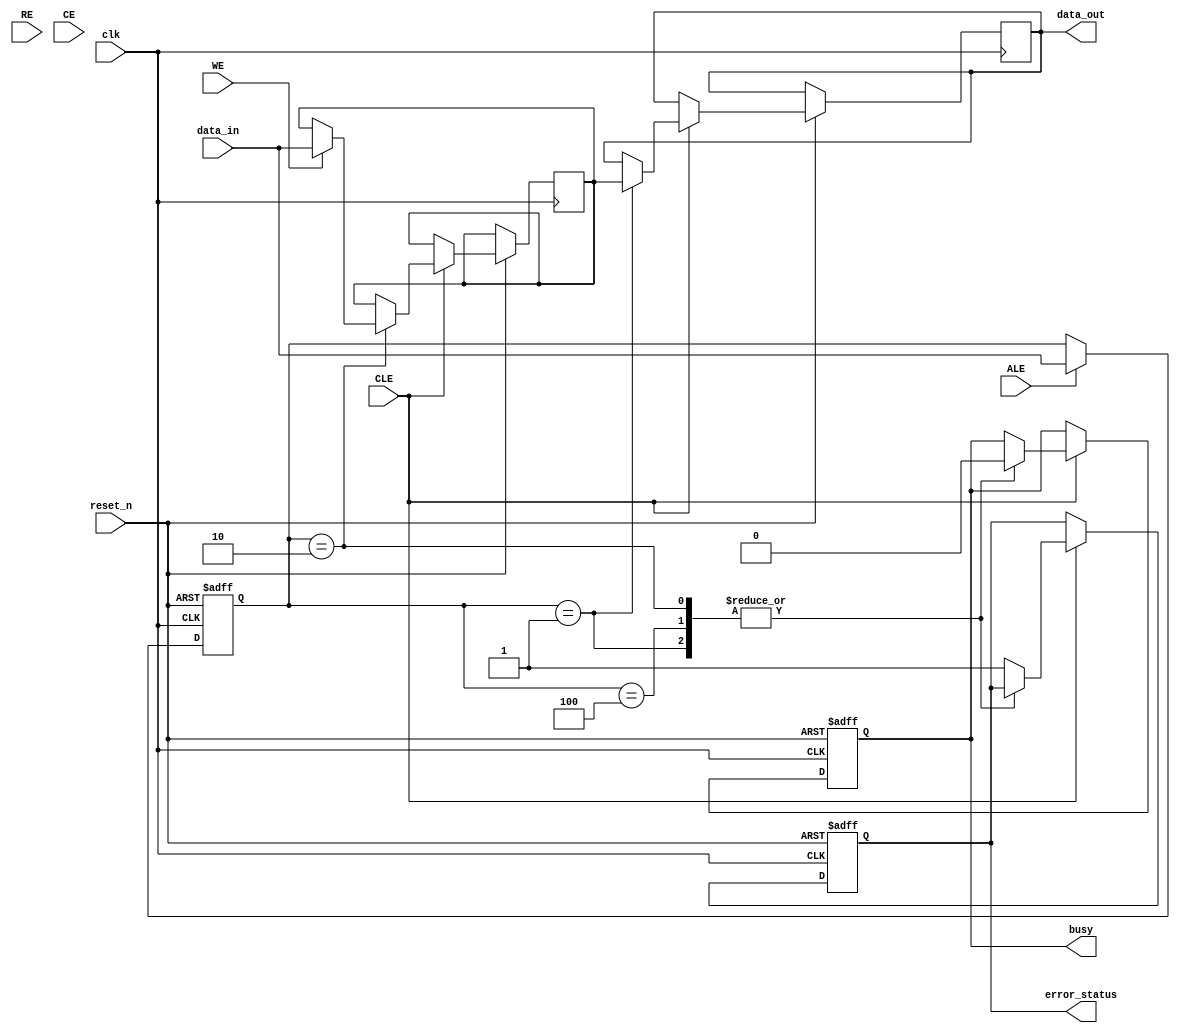
module NAND_Flash_IO_Block(
    input wire clk,                // Main Clock
    input wire reset_n,            // Active Low Reset
    input wire [N:0] data_in,      // Data input lines (assuming N+1 data lines)
    output reg [N:0] data_out,     // Data output lines
    input wire WE,                  // Write Enable
    input wire RE,                  // Read Enable
    input wire CE,                  // Chip Enable
    input wire ALE,                 // Address Latch Enable
    input wire CLE,                 // Command Latch Enable
    output reg busy,                // Busy status
    output reg error_status         // Error status
);

    parameter N = 7;               // Assuming 8 data lines D0-D7
    reg [N:0] latch;               // Data latching mechanism
    reg [7:0] command;             // Command Decoder
    reg [7:0] status_reg;          // Status Register
    reg initialized;               // Initialization flag

    // Initialization and Configuration
    initial begin
        busy = 1'b0;
        error_status = 1'b0;
        initialized = 1'b0;
        status_reg = 8'b00000000;  // Default status
    end

    // Command Decoder Logic
    always @(posedge clk or negedge reset_n) begin
        if (!reset_n) begin
            command <= 8'b0;
            busy <= 1'b0;
            error_status <= 1'b0;
        end
        else begin
            if (ALE) begin
                // Example: Latch command when ALE is high
                command <= {data_in[N:0]};  // Capture command from data input
            end
            
            if (CLE) begin
                // Decode command and handle operations
                case (command)
                    8'b00000001: begin // Example: Read command
                        busy <= 1'b1;
                        // Perform read operation (to be implemented)
                        // Set output data_out after read operation
                        data_out <= latch; // Assuming latch holds read data
                        busy <= 1'b0;
                    end
                    8'b00000010: begin // Example: Write command
                        busy <= 1'b1;
                        if (WE) begin
                            latch <= data_in; // Store incoming data
                            // Perform additional steps if necessary
                        end
                        busy <= 1'b0;
                    end
                    8'b00000100: begin // Example: Erase command
                        busy <= 1'b1;
                        // Handle erase operation (to be implemented)
                        busy <= 1'b0;
                    end
                    default: begin
                        error_status <= 1'b1; // Error: Unknown command
                    end
                endcase
            end
        end
    end

    // Power Management and Signal Integrity logic
    always @(posedge clk) begin
        if (CE) begin
            // Chip enable logic (to be implemented for power management)
        end
    end

    // Error Detection and Correction Logic (Basic Example)
    // This section can be expanded with an actual ECC algorithm
    always @(posedge clk) begin
        if (busy && error_status) begin
            // Handle any errors
        end
    end

endmodule